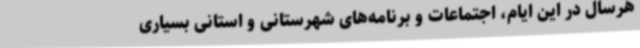
هرسال در این ایام، اجتماعات و برنامه‌های شهرستانی و استانی بسیاری